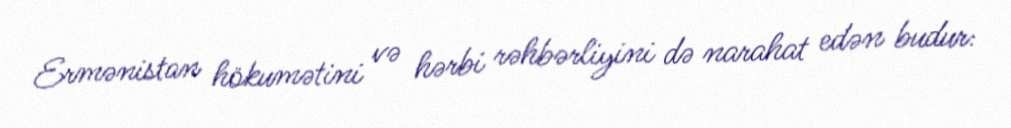
Ermənistan hökumətini və hərbi rəhbərliyini də narahat edən budur: